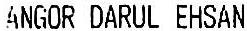
ANGOR DARUL EHSAN